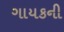
ગાયકની